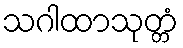
သဂါထာသုတ္တံ